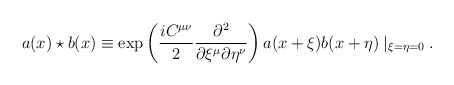
\begin{align*}a(x) \star b(x) \equiv \exp \left( \frac{i C^{\mu\nu}}{2} \frac{\partial^2}{\partial \xi^{\mu} \partial \eta^{\nu}} \right)a(x+\xi)b(x+\eta) \mid _{\xi=\eta=0}. \end{align*}